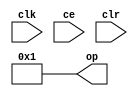
module sysgen_constant_828adcadae (
  output [(8 - 1):0] op,
  input clk,
  input ce,
  input clr);
  assign op = 8'b00000001;
endmodule